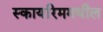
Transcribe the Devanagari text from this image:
स्कायरिममधील